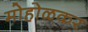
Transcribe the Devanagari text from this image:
मोहोळकर